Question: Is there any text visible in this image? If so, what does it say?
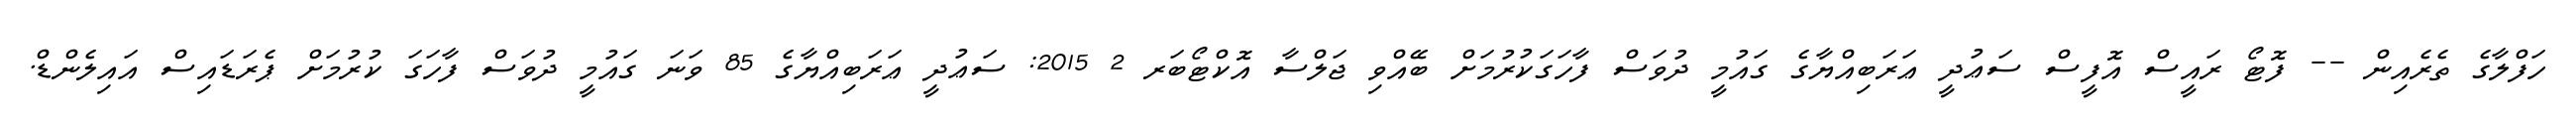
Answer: ހަފްލާގެ ތެރެއިން -- ފޮޓޯ ރައީސް އޮފީސް ސަޢުދީ ޢަރަބިއްޔާގެ ގައުމީ ދުވަސް ފާހަގަކުރުމަށް ބޭއްވި ޖަލްސާ އޮކްޓޯބަރ 2 2015: ސަޢުދީ ޢަރަބިއްޔާގެ 85 ވަނަ ގައުމީ ދުވަސް ފާހަގަ ކުރުމަށް ޕެރަޑައިސް އައިލެންޑް.